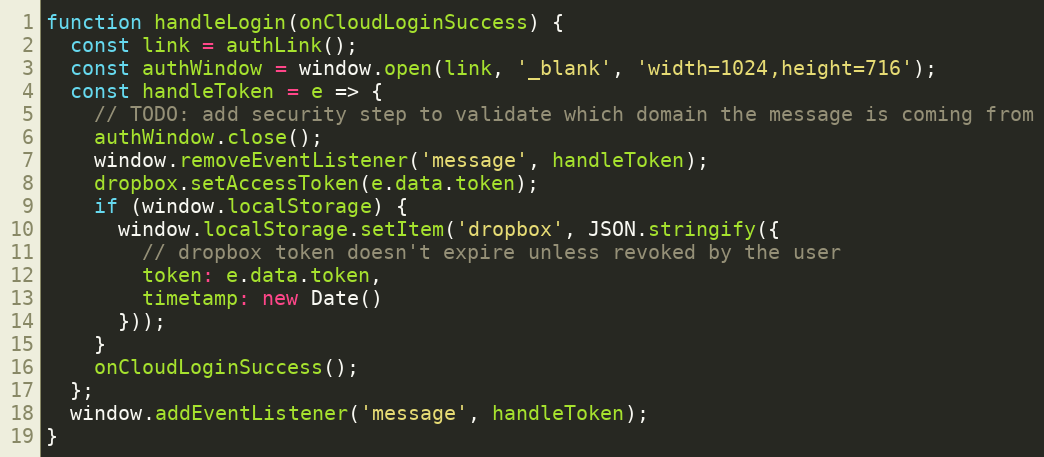
Language: JavaScript
function handleLogin(onCloudLoginSuccess) {
  const link = authLink();
  const authWindow = window.open(link, '_blank', 'width=1024,height=716');
  const handleToken = e => {
    // TODO: add security step to validate which domain the message is coming from
    authWindow.close();
    window.removeEventListener('message', handleToken);
    dropbox.setAccessToken(e.data.token);
    if (window.localStorage) {
      window.localStorage.setItem('dropbox', JSON.stringify({
        // dropbox token doesn't expire unless revoked by the user
        token: e.data.token,
        timetamp: new Date()
      }));
    }
    onCloudLoginSuccess();
  };
  window.addEventListener('message', handleToken);
}